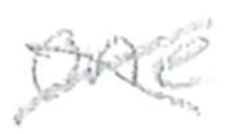
Text: one
Cross-out: cross
Writing tool: pencil